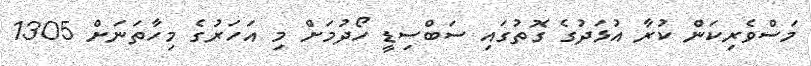
މަސްވެރިކަން ކުރާ އުޅަދުގެ ގޮތުގައި ސަބްސިޑީ ހޯދުމަށް މި އަހަރުގެ މިހާތަނަށް 1305